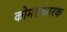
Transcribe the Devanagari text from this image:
कोमलकारक